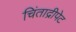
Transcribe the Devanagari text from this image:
चिंताद्रीपेट